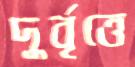
দুর্বৃত্তে